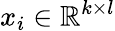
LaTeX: x_{i}\in\mathbb{R}^{k\times l}